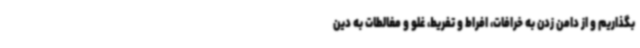
بگذاریم و از دامن زدن به خرافات، افراط و تفریط، غلو و مغالطات به دین